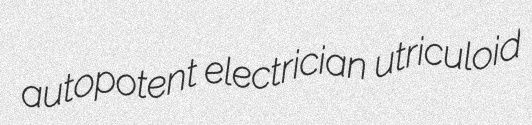
autopotent electrician utriculoid